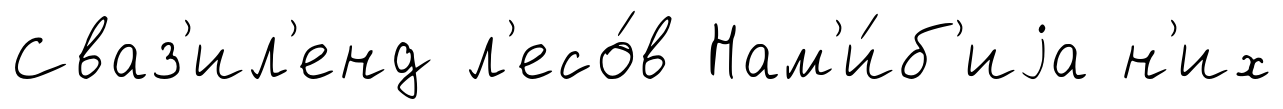
Сваз'ил'енд л'есо́в Нам'и́б'иjа н'их